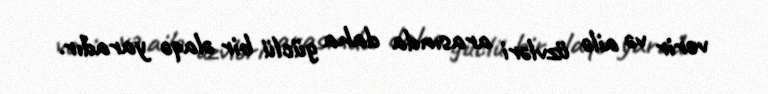
verir və ailə üzvləri arasında daha güclü bir əlaqə yaradır.